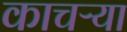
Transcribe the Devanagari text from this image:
काचऱ्या